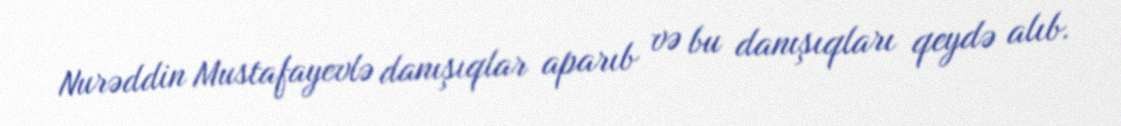
Nurəddin Mustafayevlə danışıqlar aparıb və bu danışıqları qeydə alıb.